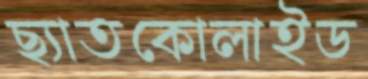
ছ্যাতকোলাইড